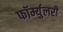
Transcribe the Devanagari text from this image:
फॉर्म्युलरी